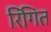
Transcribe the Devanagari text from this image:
रिंगित